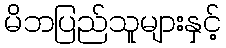
မိဘပြည်သူများနှင့်